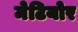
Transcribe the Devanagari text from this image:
मेटियोर